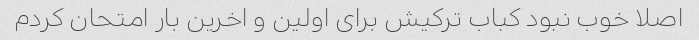
اصلا خوب نبود کباب ترکیش برای اولین و اخرین بار امتحان کردم